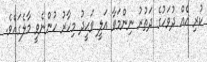
ކުރި އެއް ދުވަހުގެ ދަތުރު ނިންމަވާ އަލީ ވަޙީދު މިހާރު ހުންނެވީ މާލެގައެވެ.